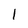
Character: l